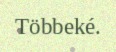
Többeké.